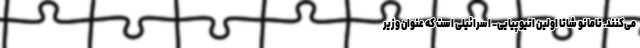
می‌کنند. تامانو شاتا اولین اتیوپیایی- اسرائیلی است که عنوان وزیر